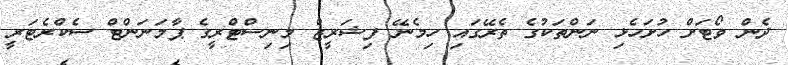
ދެން ވޯޓަށް ހުށަހެޅި ނަންތަކުގެ ތެރޭގައި ހިމެނޭ ފިޝަރީޒް މިނިސްޓްރީގެ ޕާމަނަންޓް ސެކްރެޓަރީ